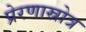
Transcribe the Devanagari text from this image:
प्रेरणास्रोत्र